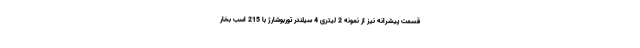
قسمت پیشرانه نیز از نمونه 2 لیتری 4 سیلندر توربوشارژ با 215 اسب بخار